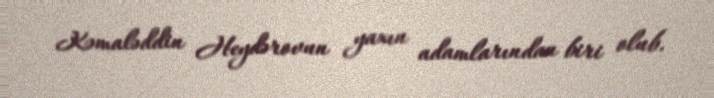
Kəmaləddin Heydərovun yaxın adamlarından biri olub.